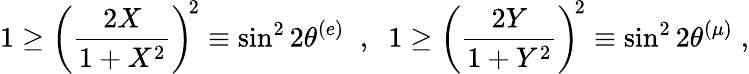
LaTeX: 1\geq\left(\frac{2X}{1+X^{2}}\right)^{\! 2}\equiv\sin^{2}2\theta^{(e)}\; \; ,\; \; 1\geq\left(\frac{2Y}{1+Y^{2}}\right)^{\! 2}\equiv\sin^{2}2\theta^{(\mu)}\; ,